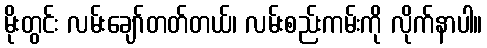
မိုးတွင်း လမ်းချော်တတ်တယ်၊ လမ်းစည်းကမ်းကို လိုက်နာပါ။